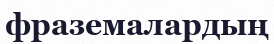
фраземалардың